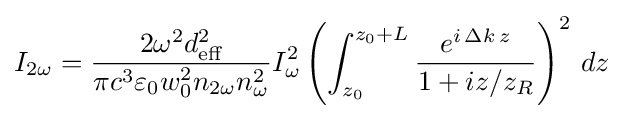
I_{2\omega }={\frac {2\omega ^{2}d_{\text{eff}}^{2}}{\pi c^{3}\varepsilon _{0}w_{0}^{2}n_{2\omega }n_{\omega }^{2}}}I_{\omega }^{2}\left(\int _{z_{0}}^{z_{0}+L}{\frac {e^{i\,\Delta k\,z}}{1+iz/z_{R}}}\right)^{2}\,dz